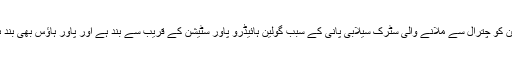
’وادی گولین کو چترال سے ملانے والی سٹرک سیلابی پانی کے سبب گولین ہائیڈرو پاور سٹیشن کے قریب سے بند ہے اور پاور ہاؤس بھی بند ہوچکا ہے۔